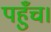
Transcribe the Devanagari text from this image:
पहुँच।